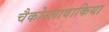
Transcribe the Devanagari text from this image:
चैकोस्लावाकिया